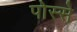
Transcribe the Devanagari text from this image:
पोस्से